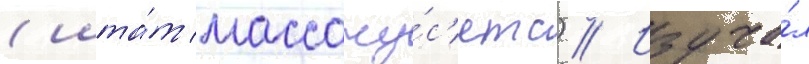
(шта́т массачу́с'етс) // Изуча́л